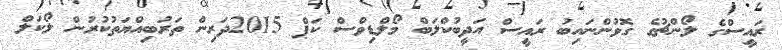
ރައީސްގެ ލޯންޗުގެ ގޮވުންނައިބު ރައީސް އަދީބުކްލަބް މޯލްޑިވްސް ކަޕް 2015ދަރިން ތަރުބިއްޔަތުކުރުން ލޯކަލް